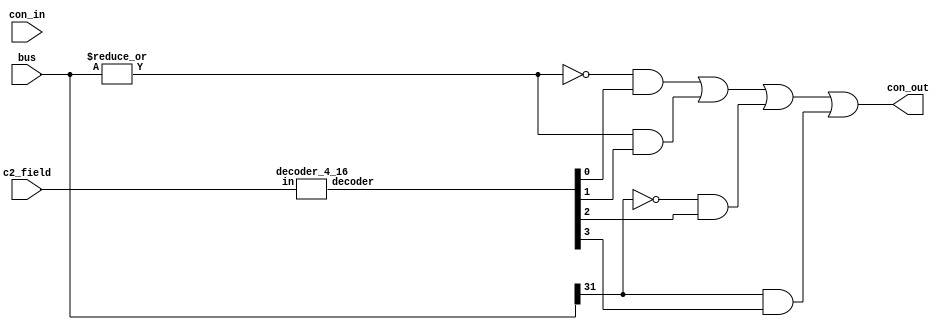
`timescale 1ns/10ps
module conff(output reg con_out, input [1:0] c2_field, input [31:0] bus, input con_in);

	wire [3:0] decoder_line;
	wire zero, nonzero, pos, neg, busNor;
	
	decoder_4_16 yup(decoder_line, c2_field);
	
	assign busNor = ~|bus;
	
	assign zero = busNor & decoder_line[0];
	assign nonzero = !busNor & decoder_line[1];
	assign pos = !bus[31] & decoder_line[2];
	assign neg = bus[31] & decoder_line[3];
	
	assign flag = zero | nonzero | pos | neg;
	
	always@(con_in)
	begin
		con_out <= flag;
	end
	

endmodule

module decoder_4_16(output reg [3:0] decoder, input [1:0]in);

	always@(in)
	begin
		case(in)
		2'b00: decoder = 4'b0001;
		2'b01: decoder = 4'b0010;
		2'b10: decoder = 4'b0100;
		2'b11: decoder = 4'b1000;
		default: decoder = 4'b0000;
		endcase
		
	end
	
endmodule